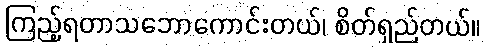
ကြည့်ရတာသဘောကောင်းတယ်၊ စိတ်ရှည်တယ်။